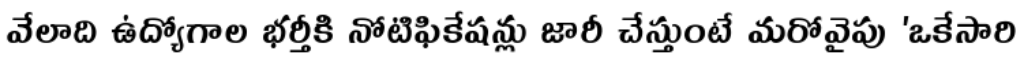
వేలాది ఉద్యోగాల భర్తీకి నోటిఫికేషన్లు జారీ చేస్తుంటే మరోవైపు 'ఒకేసారి